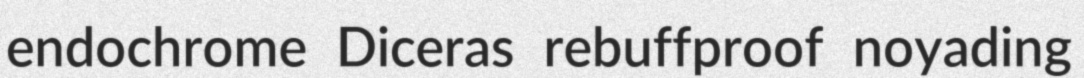
endochrome Diceras rebuffproof noyading